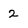
Character: 2